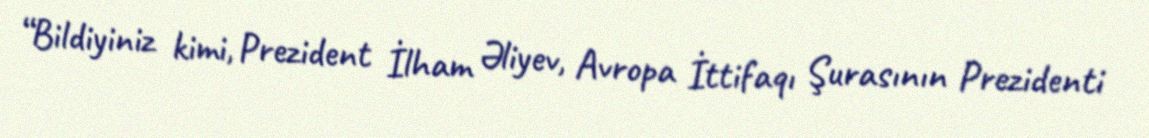
“Bildiyiniz kimi, Prezident İlham Əliyev, Avropa İttifaqı Şurasının Prezidenti